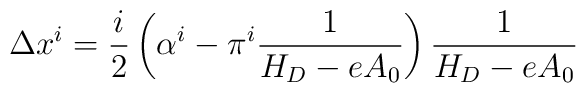
\Delta x^i = \frac i2\left(\alpha^i-\pi^i\frac 1{H_D - eA_0}\right)\frac1{H_D - eA_0}